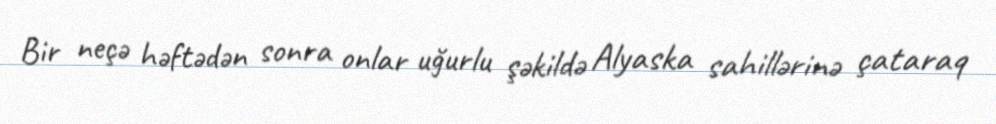
Bir neçə həftədən sonra onlar uğurlu şəkildə Alyaska sahillərinə çataraq